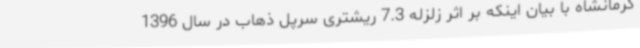
کرمانشاه با بیان اینکه بر اثر زلزله 7.3 ریشتری سرپل ذهاب در سال 1396